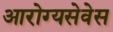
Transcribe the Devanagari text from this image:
आरोग्यसेवेस